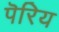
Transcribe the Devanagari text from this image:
पॆरिय